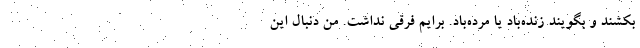
بکشند و بگویند زنده‌باد یا مرده‌باد. برایم فرقی نداشت. من دنبال این